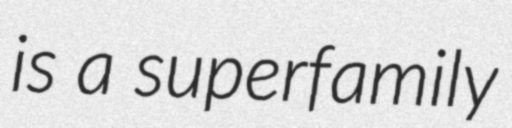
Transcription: is a superfamily